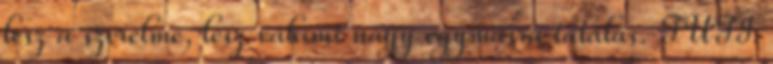
lesz a szerelme, lesz valami nagy egymásra találás. TUTI.